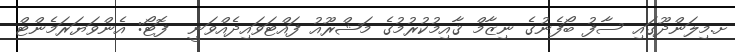
ށ.މިލަންދޫގައި ސާފު ބޯފެނުގެ ނިޒާމް ޤާއިމުކުރުމުގެ މަޝްރޫއު ފައްޓަވައިދެއްވަނީ  ފޮޓޯ: އެންވަޔަރަމެންޓް